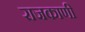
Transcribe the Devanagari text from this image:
राजकाणी